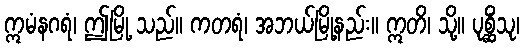
ဣမံနဂရံ၊ ဤမြို့ သည်။ ကတရံ၊ အဘယ်မြို့နည်း။ ဣတိ၊ သို့။ ပုစ္ဆိံသု၊